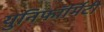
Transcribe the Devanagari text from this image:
युनिफॉर्मिटी